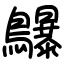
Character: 鸔